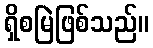
ရှိစမြဲဖြစ်သည်။